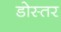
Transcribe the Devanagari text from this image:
डोस्तर